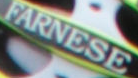
FARNESE